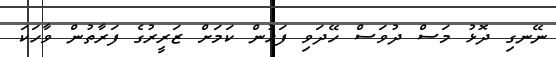
ނޭނގި ދޮޅު މަސް ދުވަސް ހޭދަވި ފަހުން ކަމަށް ޒަރީރުގެ ފަރާތުން ވާހަކަ